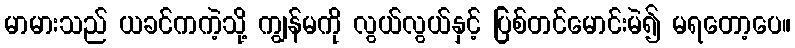
မာမားသည် ယခင်ကကဲ့သို့ ကျွန်မကို လွယ်လွယ်နှင့် ပြစ်တင်မောင်းမဲ၍ မရတော့ပေ။